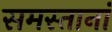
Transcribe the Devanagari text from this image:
समस्तानां